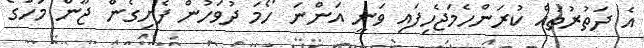
އެ ދަތުރުތައް ކުރަންހެމަޖެހިފައި ވަނީ އަންނަ ހޯމަ ދުވަހުން ފެށިގެން ޖޫން މަހުގެ